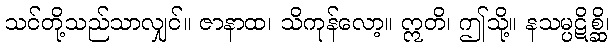
သင်တို့သည်သာလျှင်။ ဇာနာထ၊ သိကုန်လော့။ ဣတိ၊ ဤသို့။ နသမ္ပဋိစ္ဆိ၊